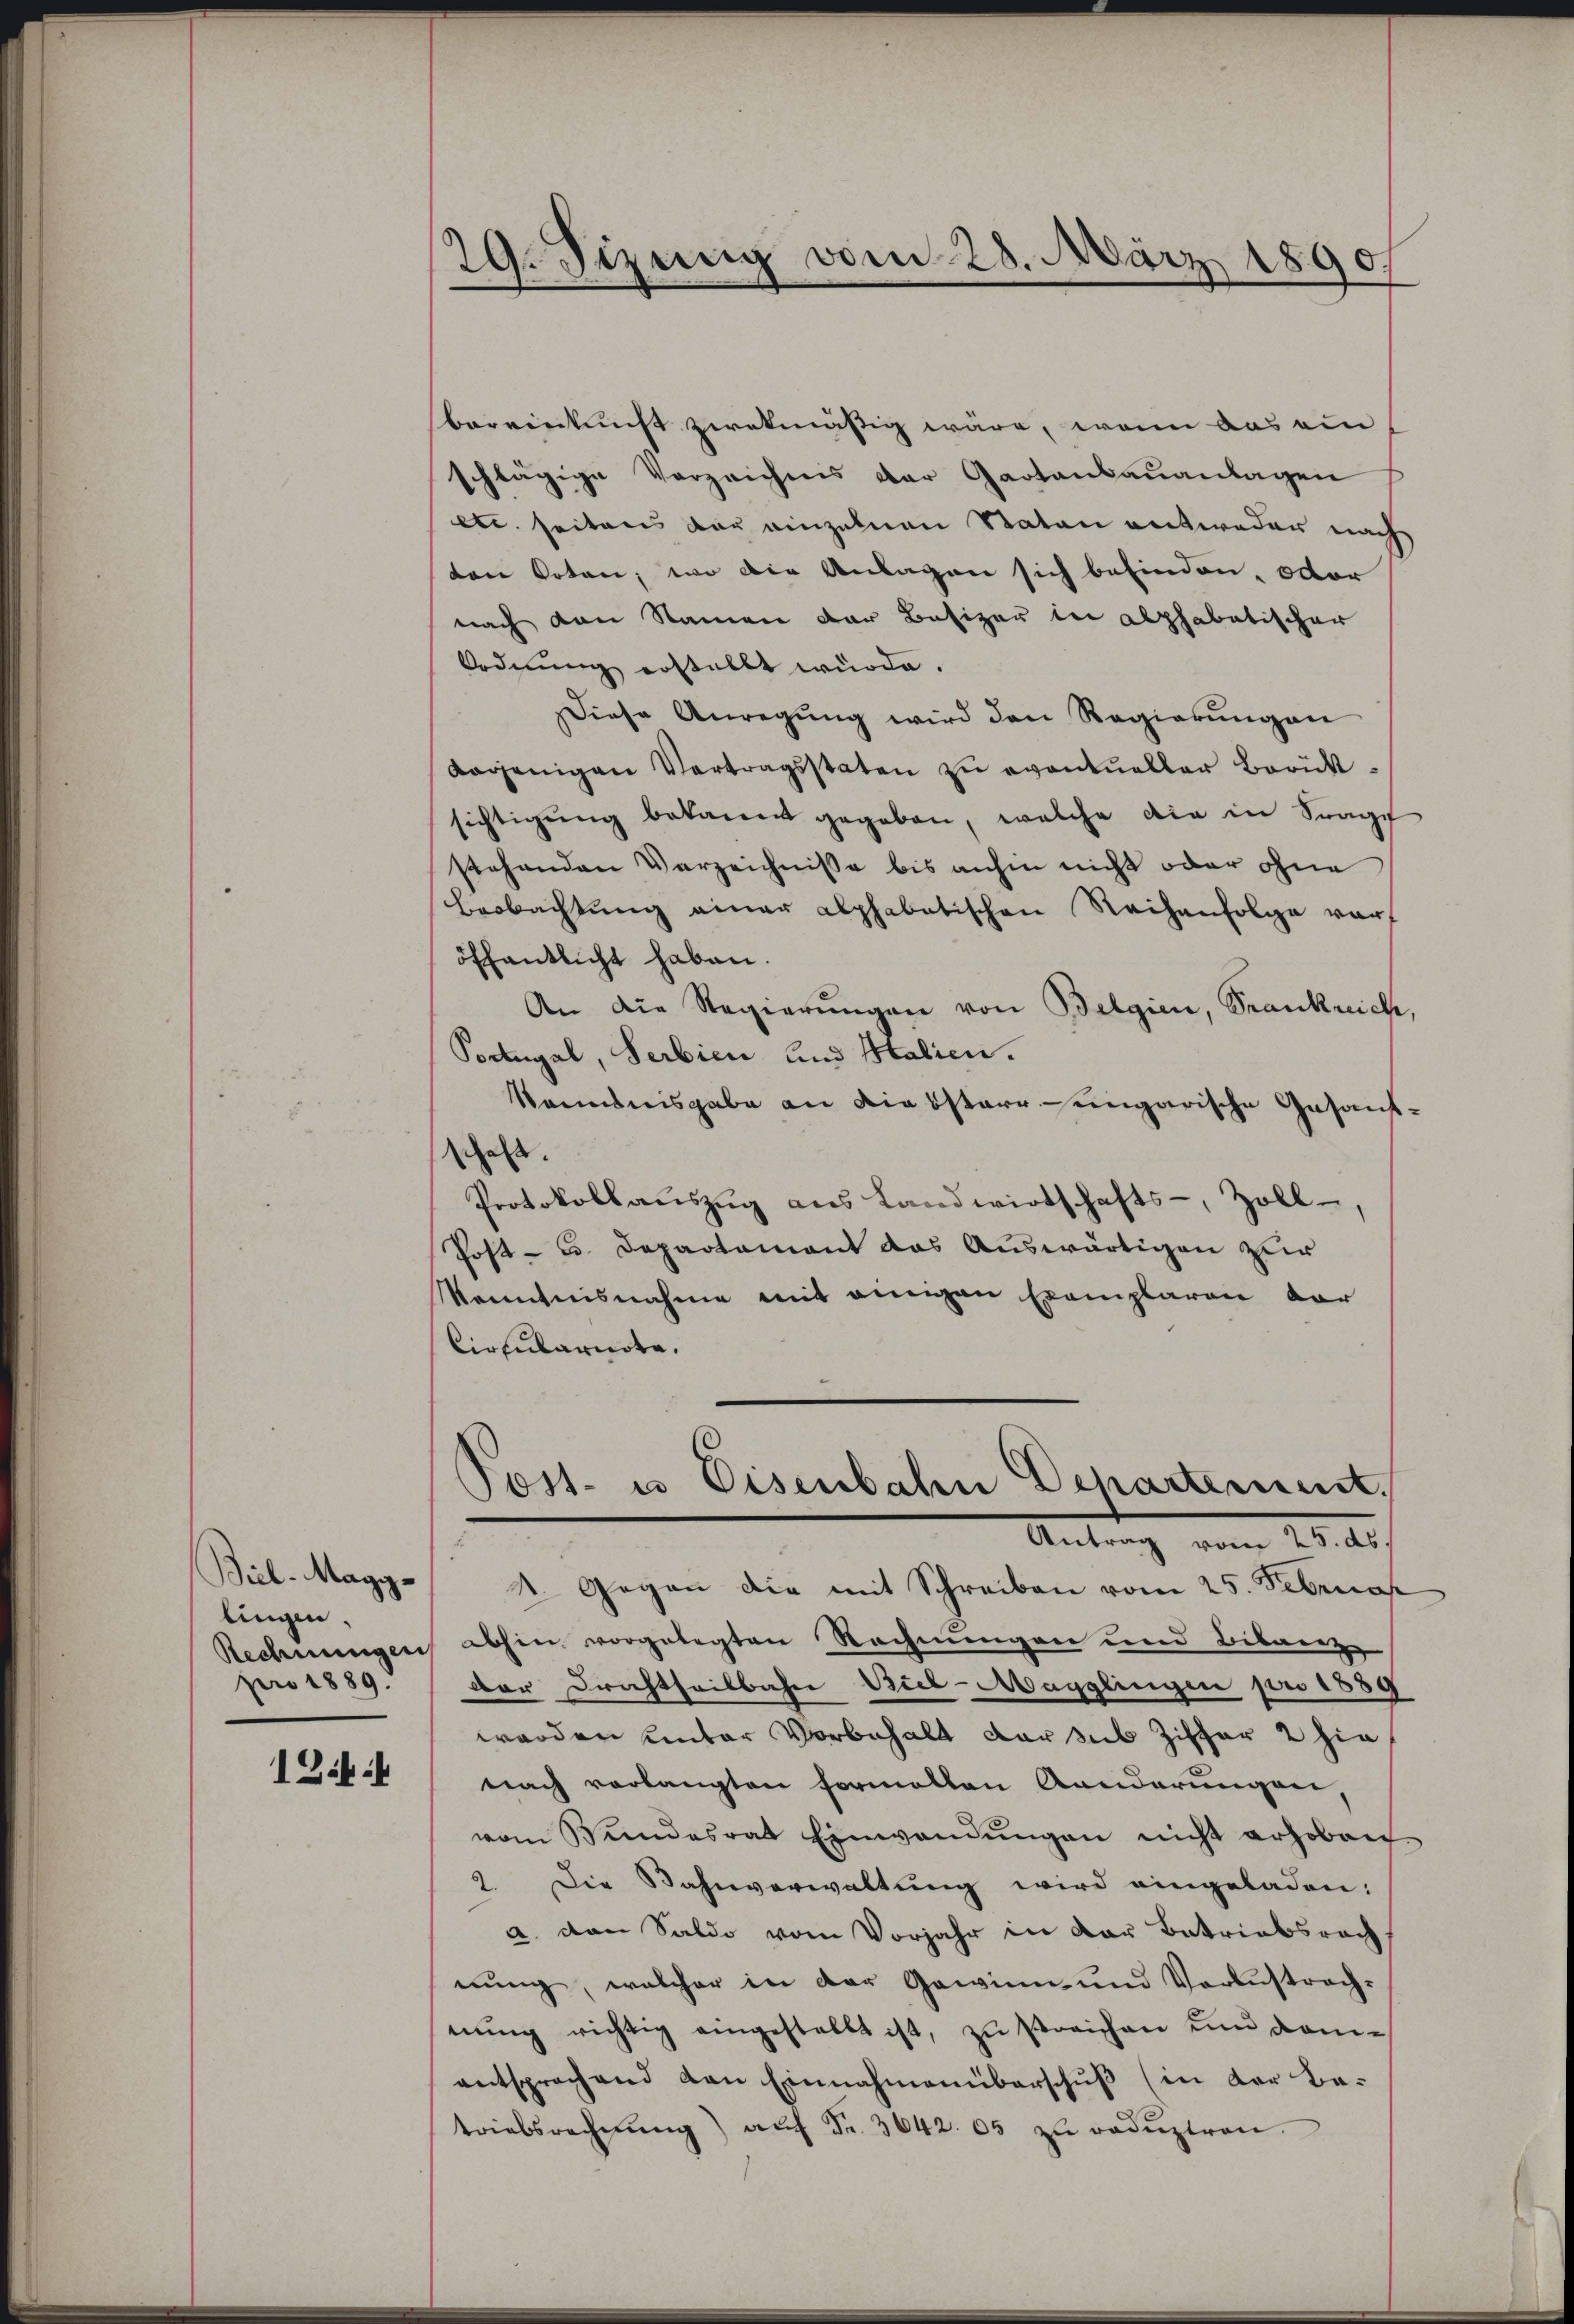
Biel-Magg-
lingen.
Rechnungen
pro 1889.

12:

29. Sizung vom 28. März 1890.

bereinkunft zwekmäßig wäre, wenn das ein
schlägige Verzeichnis der Gartenbauanlagen
etc. seitens der einzelnen Staten entweder nach
ten Poten, wo die Anlagen sich befinden, oder
nach den Namen der Besizer bei alphabetischer
Ordnung erstellt würde.
Diese Anregung wird den Regierungen
derjenigen Vertragsstaten zu eventueller Berücksichtigŭng bekannt gegeben, welche die in Frag
stehenden Verzeichnisse bis anhin nicht oder ohne
Beobachtung einer alphabatischen Reihenfolge warf
öffentlicht haben.
An die Regierŭngen von Belgien, Trankrich,
Portugal, Serbien und Italien.
kanntnisgabe an Diebstarr-ungarische Gesandschaft.
Protokollaŭszŭg aŭs Landwirtschafts-, Zoll,
Post- u. Departament das Auswärtigen zur
Kenntnisnahme mit einigen Exemplaren vor
Circularnote.

Post- u. Eisenbahn Departement.
Antrag vom 25. ds.

4. Gegen die mit Schreiben vom 25. Februar
abhin vorgelegten Rechnungen und Bibenz
der Drechtheilbahn Viel-Magglingen pro 1889
werden unter Vorbehalt der sub Ziffer 2 hie
nach vorlangten formalten Kanderungen
vom Bŭndesrat Einwandŭngen nicht erhoben
2. Die Bahnverwaltung wird eingeladen:
a. den Saldo vom Vorjahr in der Betriebsrech
nung, welcher in der Gewinn und Verlustrachnŭng richtig eingestellt ist, zu streichen und dom-
entsprechend von Einnahmenüberschŭβ (in der Be-
triebsrechnŭng aŭf Fr. 3642. 65 zu redŭziren.